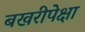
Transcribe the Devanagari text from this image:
बखरीपेक्षा